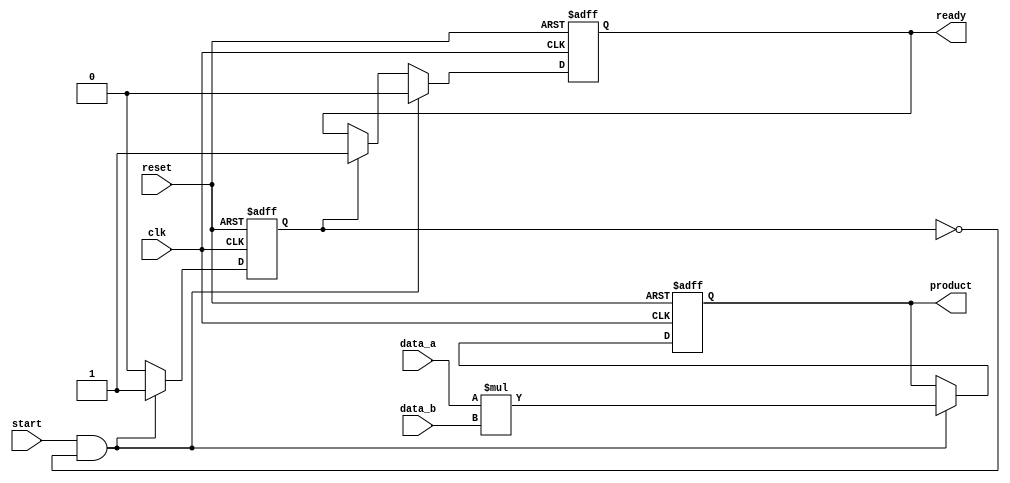
module streaming_multiplier #(
    parameter DATA_WIDTH = 16, // Bit-width for Data A and Data B
    parameter PRODUCT_WIDTH = 2 * DATA_WIDTH // Bit-width for Product
) (
    input wire clk,               // Clock signal
    input wire reset,             // Asynchronous reset signal
    input wire start,             // Start signal to begin multiplication
    input wire signed [DATA_WIDTH-1:0] data_a, // Input Data A
    input wire signed [DATA_WIDTH-1:0] data_b, // Input Data B
    output reg signed [PRODUCT_WIDTH-1:0] product, // Output Product
    output reg ready              // Ready signal to indicate output availability
);

    // State variables
    reg multiplying; // Indicates if multiplication is in progress

    always @(posedge clk or posedge reset) begin
        if (reset) begin
            // Reset state
            product <= 0;
            ready <= 0;
            multiplying <= 0;
        end else begin
            if (start && !multiplying) begin
                // Start multiplication
                multiplying <= 1;
                product <= data_a * data_b; // Perform multiplication
                ready <= 0; // Not ready until multiplication is done
            end else if (multiplying) begin
                // Indicate that the product is ready
                ready <= 1;
                multiplying <= 0; // Reset multiplying state
            end
        end
    end

endmodule